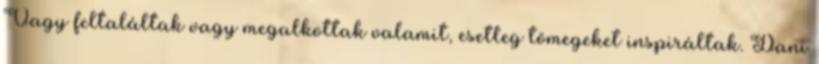
Vagy feltaláltak vagy megalkottak valamit, esetleg tömegeket inspiráltak. Dani